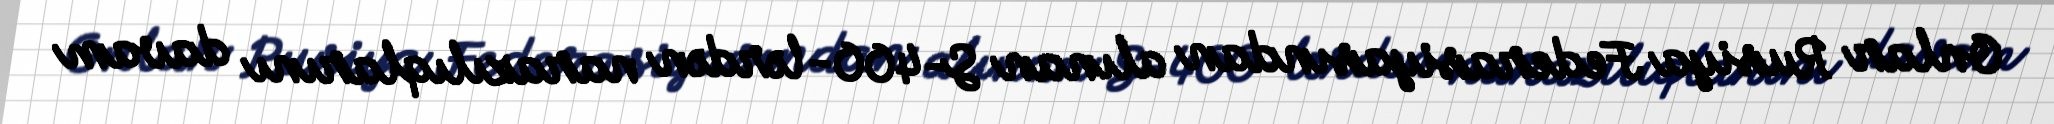
Onlar Rusiya Federasiyasından alınan S-400-lərdən narazılıqlarını davam